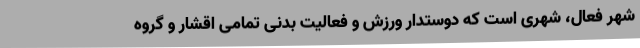
شهر فعال، شهری است که دوستدار ورزش و فعالیت بدنی تمامی اقشار و گروه